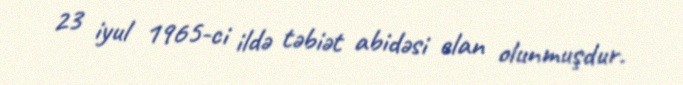
23 iyul 1965-ci ildə təbiət abidəsi elan olunmuşdur.